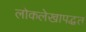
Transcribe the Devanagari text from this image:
लोकलेखापद्धत